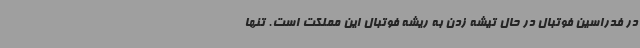
در فدراسین فوتبال در حال تیشه زدن به ریشه فوتبال این مملکت است. تنها